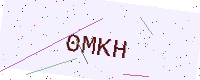
Text: 0MKH